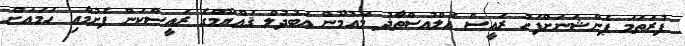
ފުރަތަމަ ޕެންޝަނަށްފަހު ރައީސް އަލްއުސްތާޛު މައުމޫން ޢަބުދުލް ޤައްޔޫމްގެ ރައީސްކަން ފެށުމާއި ހަމައަށް